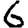
Digit: 6